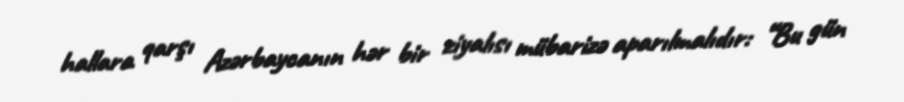
hallara qarşı Azərbaycanın hər bir ziyalısı mübarizə aparılmalıdır: “Bu gün